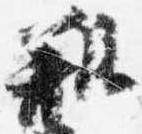
瓶